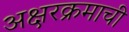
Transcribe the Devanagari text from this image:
अक्षरक्रमाची